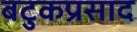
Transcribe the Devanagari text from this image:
बटुकप्रसाद